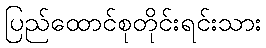
ပြည်ထောင်စုတိုင်းရင်းသား